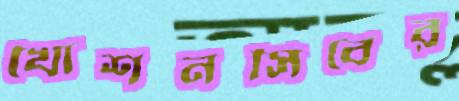
খোশনসিবের